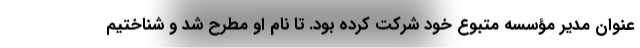
عنوان مدیر مؤسسه متبوع خود شرکت کرده بود. تا نام او مطرح شد و شناختیم